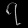
Digit: ၇